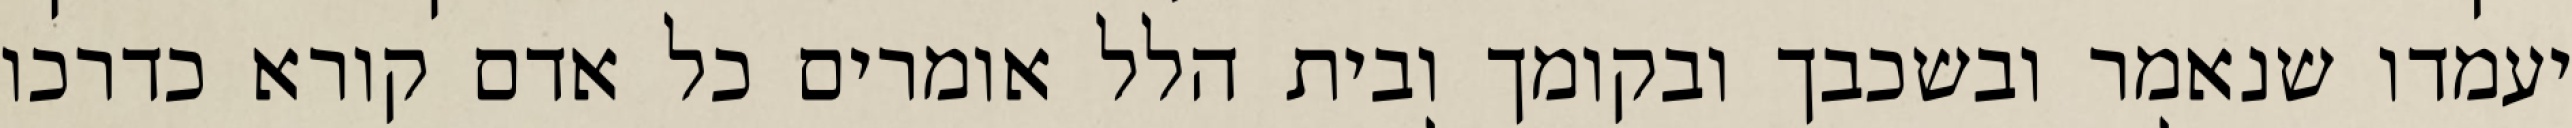
יעמדו שנאמר ובשכבך ובקומך ובית הלל אומרים כל אדם קורא כדרכו